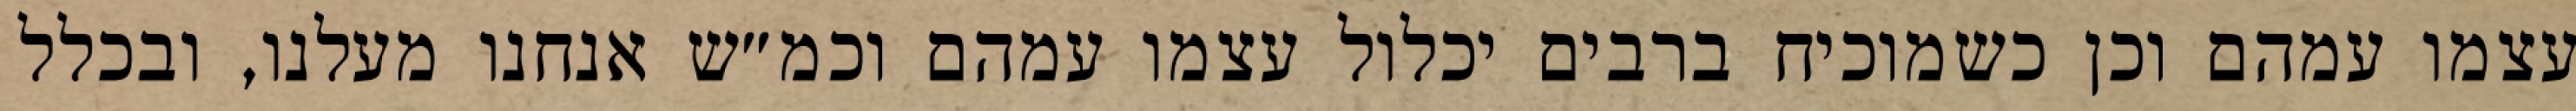
עצמו עמהם וכן כשמוכיח ברבים יכלול עצמו עמהם וכמ״ש אנחנו מעלנו, ובכלל